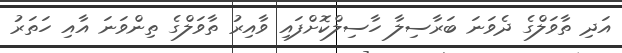
އަދި ތާވަލްގެ ދެވަނަ ބަރާސިލާ ހާސިލްކޮށްފައި ވާއިރު ތާވަލްގެ ތިންވަނަ އާއި ހަތަރު